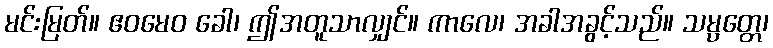
မင်းမြတ်။ ဧဝမေဝ ခေါ၊ ဤအတူသာလျှင်။ ကာလေ၊ အခါအခွင့်သည်။ သမ္ပတ္တေ၊